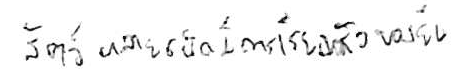
สัตว์หลายชนิดมีการเรียงตัวของยีน